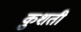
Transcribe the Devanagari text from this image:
कुशती